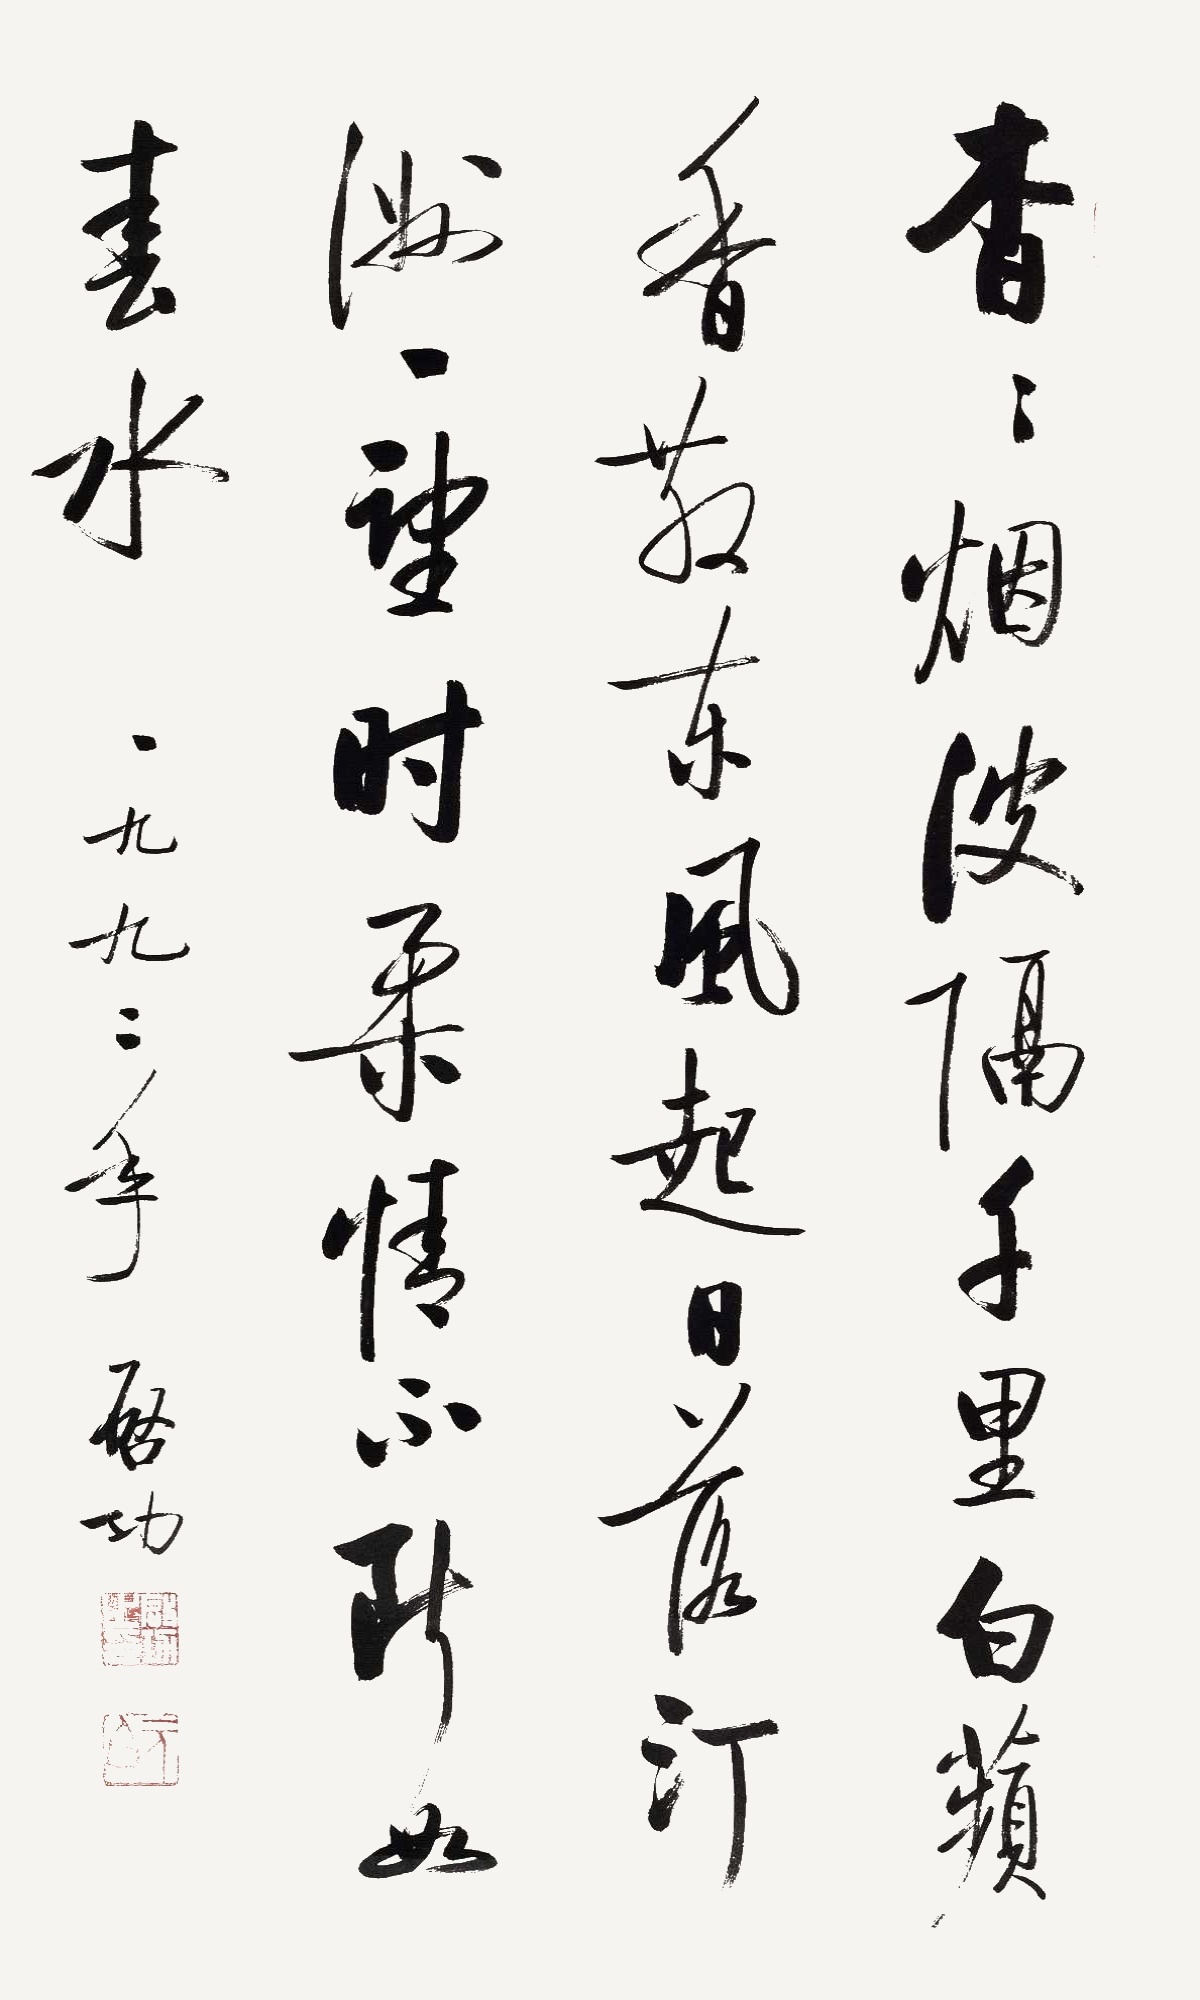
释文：杳杳烟波隔千里，白苹香散东风起。日落汀洲一望时，柔情不断如春水。一九九二年，启功。